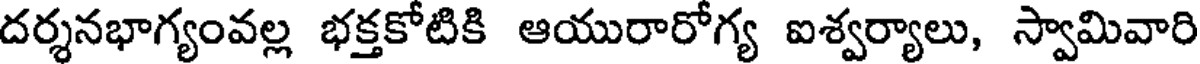
దర్శనభాగ్యంవల్ల భక్తకోటికి ఆయురారోగ్య ఐశ్వర్యాలు, స్వామివారి